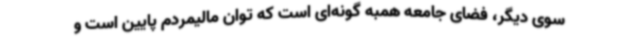
سوی دیگر، فضای جامعه همبه گونه‌ای است که توان مالیمردم پایین است و